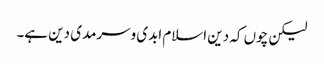
لیکن چوں کہ دین اسلام ابدی وسرمدی دین ہے۔